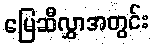
မြေဆီလွှာအတွင်း